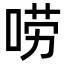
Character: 唠